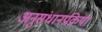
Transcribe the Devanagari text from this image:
अनुसंधानप्रक्रिया